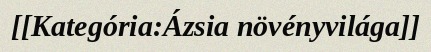
[[Kategória:Ázsia növényvilága]]